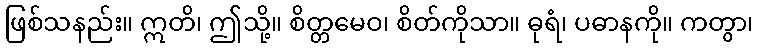
ဖြစ်သနည်း။ ဣတိ၊ ဤသို့။ စိတ္တမေဝ၊ စိတ်ကိုသာ။ ဓုရံ၊ ပဓာနကို။ ကတွာ၊